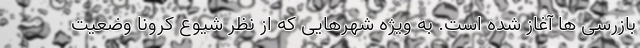
بازرسی ها آغاز شده است. به ویژه شهرهایی که از نظر شیوع کرونا وضعیت